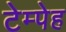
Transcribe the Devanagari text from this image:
टेम्पेह